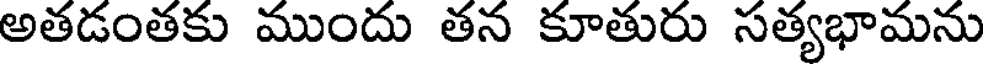
అతడంతకు ముందు తన కూతురు సత్యభామను